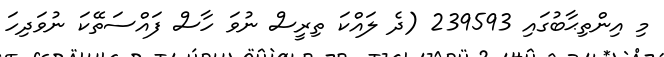
މި އިންތިޙާބުގައި 239593 (ދެ ލައްކަ ތިރީސް ނުވަ ހާސް ފައްސަތޭކަ ނުވަދިހަ